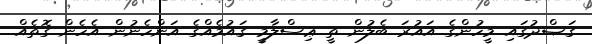
ޤަޞްދުގައި މީހުންގެ އައުރަ ބެލުން ތީ ޢިސްލާމީ ޤައުމެއްގެ އަންހެނުން އެހެން ގޮތެއް